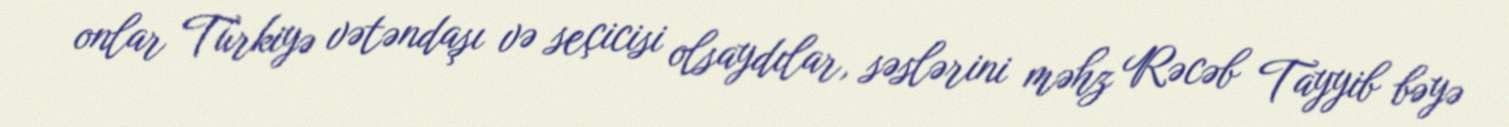
onlar Türkiyə vətəndaşı və seçicisi olsaydılar, səslərini məhz Rəcəb Tayyib bəyə